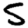
Digit: 5